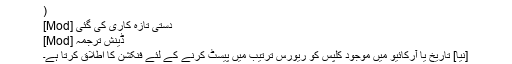
)
[Mod] دستی تازہ کاری کی گئی
[Mod] ڈینش ترجمہ
[نیا] تاریخ یا آرکائیو میں موجود کلپس کو ریورس ترتیب میں پیسٹ کرنے کے لئے فنکشن کا اطلاق کرتا ہے۔